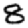
Digit: 8